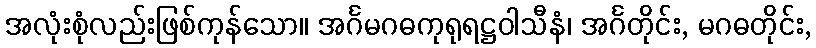
အလုံးစုံလည်းဖြစ်ကုန်သော။ အင်္ဂမဂဓကုရုရဋ္ဌဝါသီနံ၊ အင်္ဂတိုင်း, မဂဓတိုင်း,